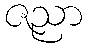
ဇညာ